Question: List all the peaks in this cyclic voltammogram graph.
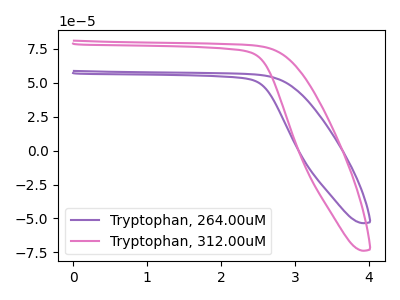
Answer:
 <answer>The purple curve "Tryptophan, 264.00uM" has no peaks. The pink curve "Tryptophan, 312.00uM" has no peaks.</answer>
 <eval></eval>